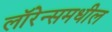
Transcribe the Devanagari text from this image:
लॉरेन्समधील